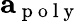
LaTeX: \mathbf{a}_{\mathrm{~p~o~l~y~}}